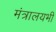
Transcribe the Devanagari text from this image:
मंत्रालयभी